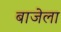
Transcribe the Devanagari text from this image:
बाजेला